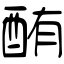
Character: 酭